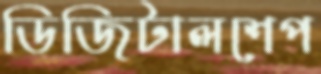
ডিজিটালশেপ